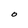
Character: O